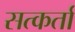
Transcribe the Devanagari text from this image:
सत्कर्ता